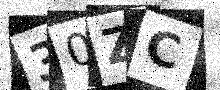
Text: 30ZC